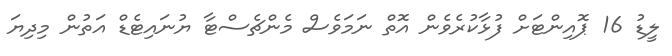
ލީޑު 16 ޕޮއިންޓަށް ފުޅާކުރެވެން އޮތް ނަމަވެސް މެންޗެސްޓާ ޔުނައިޓެޑް އަތުން މިދިޔަ